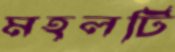
মহলটি